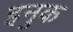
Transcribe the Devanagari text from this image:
इनुक